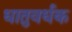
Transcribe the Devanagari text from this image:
धातुवर्धक